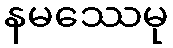
နမဿေမု